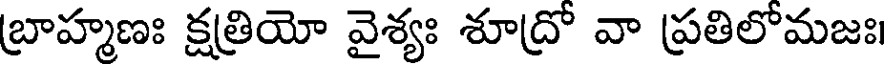
బ్రాహ్మణః క్షత్రియో వైశ్యః శూద్రో వా ప్రతిలోమజః।